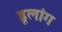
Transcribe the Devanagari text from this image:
डूलांग